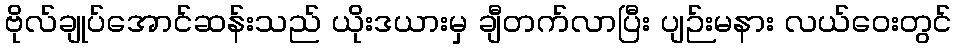
ဗိုလ်ချုပ်အောင်ဆန်းသည် ယိုးဒယားမှ ချီတက်လာပြီး ပျဉ်းမနား လယ်ဝေးတွင်